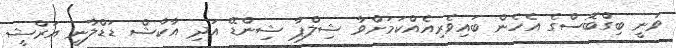
ވަނީ ބިގްބޮސްގެ އެހެން ބައިވެރިއެއްކަމަށްވާ ޝިލްޕާ ޝިންޑޭ އަދި އާކާޝް ޑަޑްލާނީ އަރްޝީ